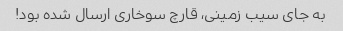
به جای سیب زمینی، قارچ سوخاری ارسال شده بود!